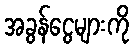
အခွန်ငွေများကို